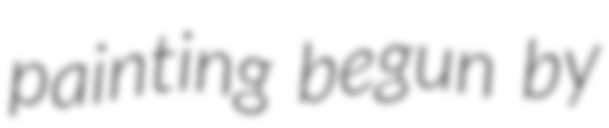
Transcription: painting begun by